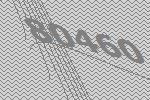
80460